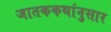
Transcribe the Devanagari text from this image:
जातककथांनुसार